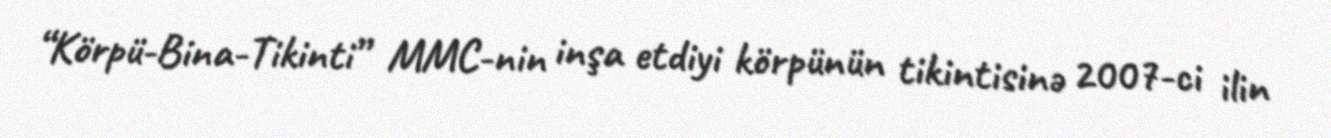
“Körpü-Bina-Tikinti” MMC-nin inşa etdiyi körpünün tikintisinə 2007-ci ilin